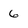
Character: 6